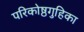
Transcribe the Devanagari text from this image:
परिकोष्ठगुहिका